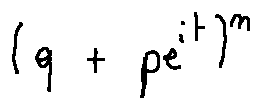
( q + p e ^ { i t } ) ^ { n }